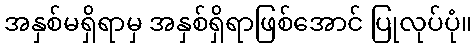
အနှစ်မရှိရာမှ အနှစ်ရှိရာဖြစ်အောင် ပြုလုပ်ပုံ။